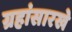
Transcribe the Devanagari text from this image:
ग्रहांसारखे